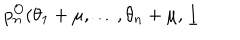
p _ { n } ^ { \mathcal { O } } ( \theta _ { 1 } + \mu , \dots , \theta _ { n } + \mu , \underline { { { l } } }